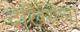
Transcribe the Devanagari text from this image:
देखियेला